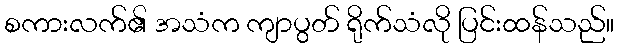
စကားလက်၏ အသံက ကျာပွတ် ရိုက်သံလို ပြင်းထန်သည်။